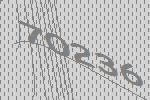
70236